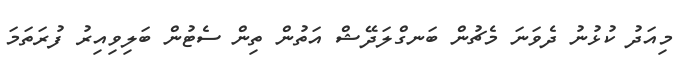
މިއަދު ކުޅުނު ދެވަނަ މެޗުން ބަނގްލަދޭޝް އަތުން ތިން ސެޓުން ބަލިވިއިރު ފުރަތަމަ